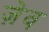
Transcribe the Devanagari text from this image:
ज़ेव